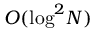
{ \cal O } ( \log ^ { 2 } \! N )